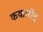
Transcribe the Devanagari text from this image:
ककारोंद्र